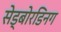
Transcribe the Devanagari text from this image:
सेड्बोरडिनग